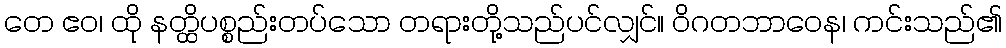
တေ ဧဝ၊ ထို နတ္ထိပစ္စည်းတပ်သော တရားတို့သည်ပင်လျှင်။ ဝိဂတဘာဝေန၊ ကင်းသည်၏